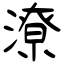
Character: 潦